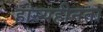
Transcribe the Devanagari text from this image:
हास्यहीनता